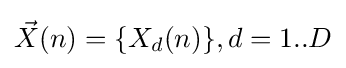
{\vec {X}}(n)=\{X_{d}(n)\},d=1..D